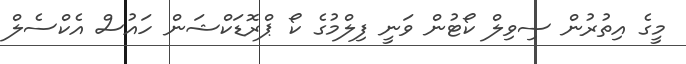
މީގެ އިތުރުން ސިވިލް ކޯޓުން ވަނީ ފިލްމުގެ ކޯ ޕްރޮޑަކްޝަން ހައުސް އެކްސެލް